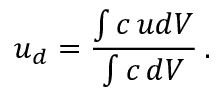
u _ { d } = \frac { \int c \, u d V } { \int c \, d V } \, .